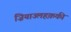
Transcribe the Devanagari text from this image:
ज़ियाउलहक़की